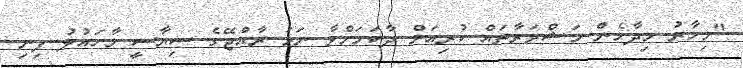
"މިހާރު މިދާހެން މަޝްވަރާތައް ކުރިއަށް ދާކަމަށްވާ ނަމަ ރާއްޖޭގެ ސިޔާސީ މާހައުލު ފިނި